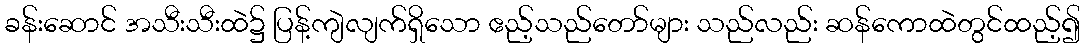
ခန်းဆောင် အသီးသီးထဲ၌ ပြန့်ကျဲလျက်ရှိသော ဧည့်သည်တော်များ သည်လည်း ဆန်ကောထဲတွင်ထည့်၍